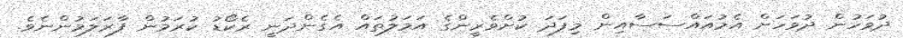
ދުވަހުން ދުވަހަށް އެމުއައްސަސާއިން މިފަދަ ކުށްވެރީންގެ އަމަލުތައް އެގެންދަނީ ރެކޯޑު ކުރަމުން ފާރަލަމުންނެވެ.